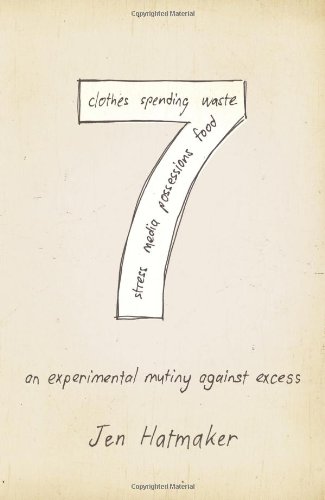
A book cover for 7: An Experimental Mutiny Against Excess; Jen Hatmaker; Christian Books & Bibles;